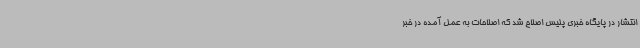
انتشار در پایگاه خبری پلیس اصلاح شد که اصلاحات به عمل آمده در خبر